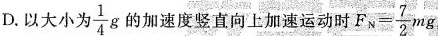
D.以大小为\frac{1}{4}g的加速度竖直向上加速运动时$$F _ { N } = \frac { 7 } { 2 } m g$$